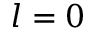
l = 0